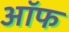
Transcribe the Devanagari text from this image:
अॉफ